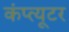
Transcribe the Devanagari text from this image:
कंप्त्यूटर